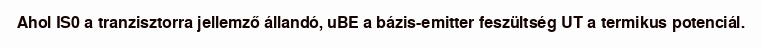
Ahol IS0 a tranzisztorra jellemző állandó, uBE a bázis-emitter feszültség UT a termikus potenciál.